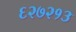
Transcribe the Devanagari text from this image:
६२७२१३